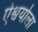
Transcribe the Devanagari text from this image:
ऐश्वर्याला